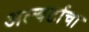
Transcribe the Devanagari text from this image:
अल्बर्टाचा